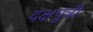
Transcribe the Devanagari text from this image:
दक्षपुत्री